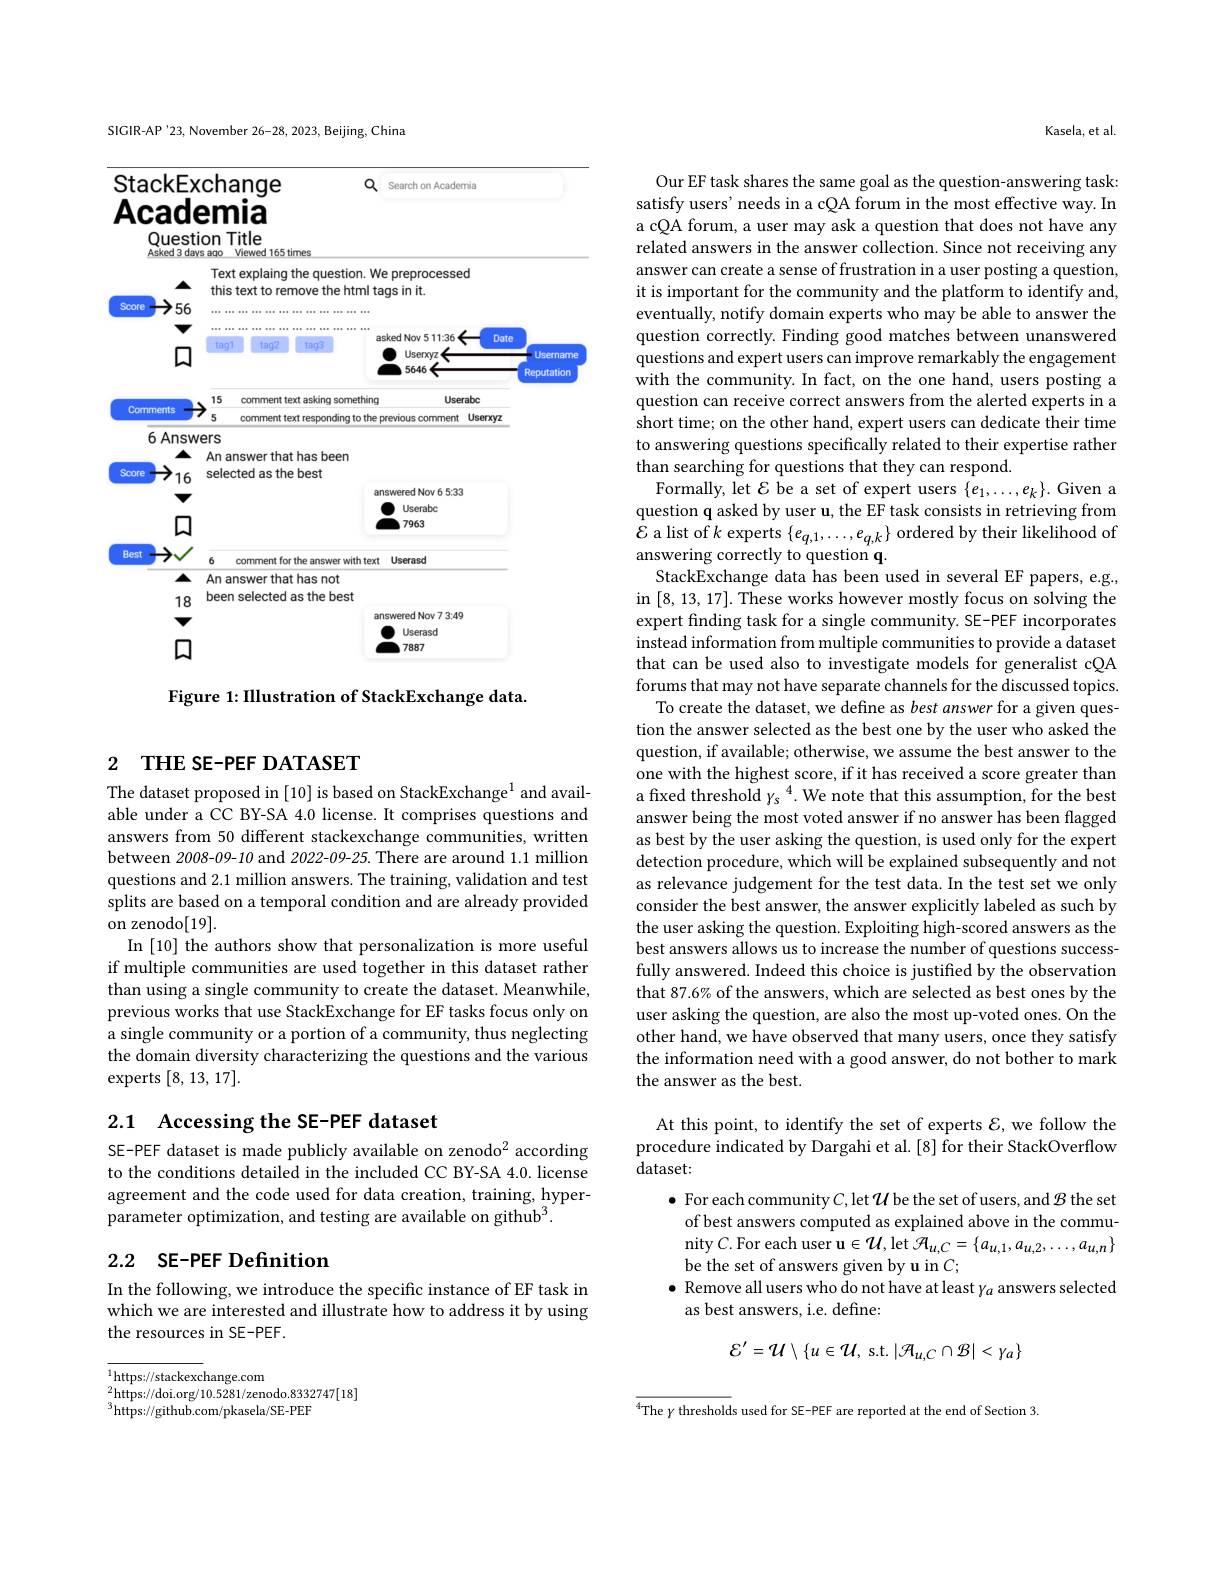
SIGIR-AP'23, November 26-28, 2023, Beijing, China

<FigureHere>

Figure 1: Illustration of StackExchange data.

## 2 THE SE-PEF DATASET

The dataset proposed in [10] is based on StackExchange$^{1}$ and available under a CC BY-SA 4.0 license. It comprises questions and answers from 50 different stackexchange communities, written between 2008-09-10 and 2022-09-25. There are around 1.1 million questions and 2.1 million answers. The training, validation and test splits are based on a temporal condition and are already provided on zenodo[19].
In [10] the authors show that personalization is more useful if multiple communities are used together in this dataset rather than using a single community to create the dataset. Meanwhile, previous works that use StackExchange for EF tasks focus only on a single community or a portion of a community, thus neglecting the domain diversity characterizing the questions and the various experts [8,13,17].

## 2.1 Accessing the SE-PEF dataset SE-PEF dataset is made publicly available on zenodo$^{2}$ according

to the conditions detailed in the included CC BY-SA 4.0. license agreement and the code used for data creation, training, hyperparameter optimization, and testing are available on github$^3.$

## 2.2 SE-PEF Definition

In the following, we introduce the specific instance of EF task in which we are interested and illustrate how to address it by using the resources in SE-PEF.

$^{1}$https://stackexchange.com
$\overset{2}{\operatorname*{\operatorname*{https://doi.org/10.5281/zenodo.8332747[18]}}}$
$^3$https://github.com/pkasela/SE-PEF

Kasela, et al.

Our EF task shares the same goal as the question-answering task: satisfy users'needs in a cQA forum in the most effective way. In a cQA forum, a user may ask a question that does not have any related answers in the answer collection. Since not receiving any answer can create a sense of frustration in a user posting a question, it is important for the community and the platform to identify and, eventually, notify domain experts who may be able to answer the question correctly. Finding good matches between unanswered questions and expert users can improve remarkably the engagement with the community. In fact, on the one hand, users posting a question can receive correct answers from the alerted experts in a short time; on the other hand, expert users can dedicate their time to answering questions specifically related to their expertise rather than searching for questions that they can respond.
Formally, let $\mathcal{E}$ be a set of expert users $\{e_1,\ldots,e_k\}.$ Given a question q asked by user u, the EF task consists in retrieving from $\mathcal{E}$ a list of $k$ experts $\{e_q,1,\ldots,e_{q,k}\}$ ordered by their likelihood of answering correctly to question q.
StackExchange data has been used in several EF papers, e.g., in [8,13,17]. These works however mostly focus on solving the expert finding task for a single community. SE-PEF incorporates instead information from multiple communities to provide a dataset that can be used also to investigate models for generalist cQA forums that may not have separate channels for the discussed topics.
To create the dataset, we define as best answer for a given question the answer selected as the best one by the user who asked the question, if available; otherwise, we assume the best answer to the one with the highest score, if it has received a score greater than a fixed threshold $y_s^4.$ We note that this assumption, for the best answer being the most voted answer if no answer has been flagged as best by the user asking the question, is used only for the expert detection procedure, which will be explained subsequently and not as relevance judgement for the test data. In the test set we only consider the best answer, the answer explicitly labeled as such by the user asking the question. Exploiting high-scored answers as the best answers allows us to increase the number of questions successfully answered. Indeed this choice is justified by the observation that 87.6% of the answers, which are selected as best ones by the user asking the question, are also the most up-voted ones. On the other hand, we have observed that many users, once they satisfy the information need with a good answer, do not bother to mark the answer as the best.

At this point, to identify the set of experts $\mathcal{E}$, we follow the procedure indicated by Dargahi et al. [8] for their StackOverflow dataset:

$\bullet$ For each community $C$,let $\mathcal U$ be the set of users, and $\mathcal B$ the set
of best answers computed as explained above in the community $C.$ For each user u$\in\mathcal{U}$,let $\mathcal{H}_u,C=\{a_u,1,a_{u,2},\ldots,a_{u,n}\}$ be the set of answers given by u in $C;$
$\bullet$ Remove all users who do not have at least $\gamma_a$ answers selected
as best answers, i.e. define:
$$\mathcal{E}^{\prime}=\mathcal{U}\setminus\{u\in\mathcal{U},\:\mathrm{s.t.}\:|\mathcal{A}_{u,C}\cap\mathcal{B}|<\gamma_{a}\}$$
$^{4}$The $\gamma$ thresholds used for SE- PEF are reported at the end of Section 3.